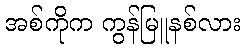
အစ်ကိုက ကွန်မြူနစ်လား